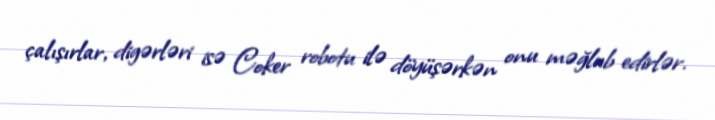
çalışırlar, digərləri isə Coker robotu ilə döyüşərkən onu məğlub edirlər.